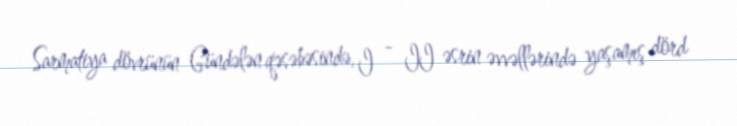
Sarmatiya dövrünün Gündələn qəsəbəsində, I - II əsrin əvvəllərində yaşamış dörd